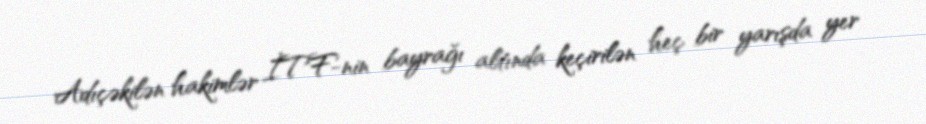
Adıçəkilən hakimlər İTF-nin bayrağı altında keçirilən heç bir yarışda yer